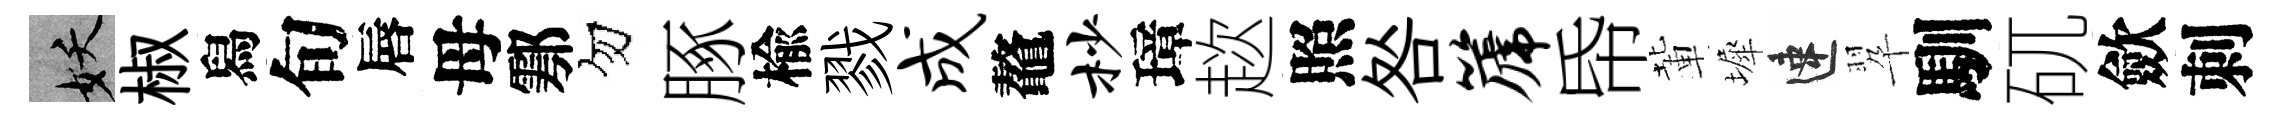
妖椒舄旬唇母鄠勿䐁楡戮成鼇杪璋趑照咎篪帋輩墀速翆馴矹歛刺